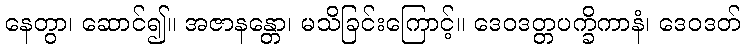
နေတွာ၊ ဆောင်၍။ အဇာနန္တော၊ မသိခြင်းကြောင့်။ ဒေဝဒတ္တပက္ခိကာနံ၊ ဒေဝဒတ်